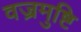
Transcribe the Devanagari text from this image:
वज्रमुष्टि